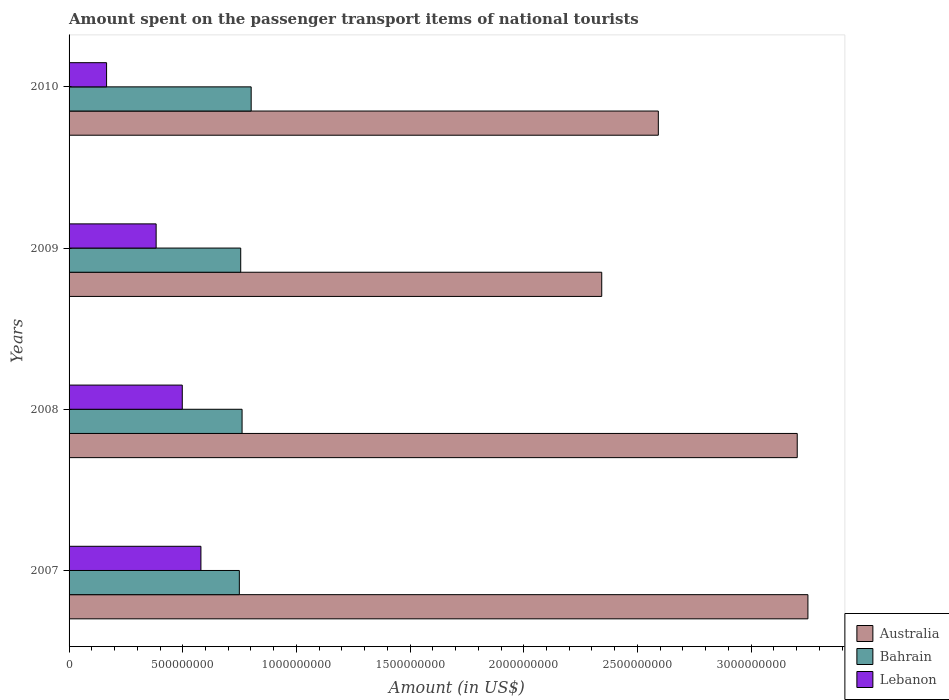
| Years | Australia | Bahrain | Lebanon |
 | --- | --- | --- | --- |
 | 2007 | 3.25e+09 | 7.49e+08 | 5.8e+08 |
 | 2008 | 3.2e+09 | 7.61e+08 | 4.98e+08 |
 | 2009 | 2.34e+09 | 7.55e+08 | 3.83e+08 |
 | 2010 | 2.59e+09 | 8.01e+08 | 1.65e+08 |